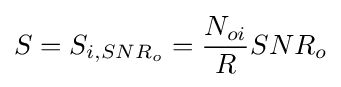
S=S_{i,SNR_{o}}={\frac {N_{oi}}{R}}SNR_{o}